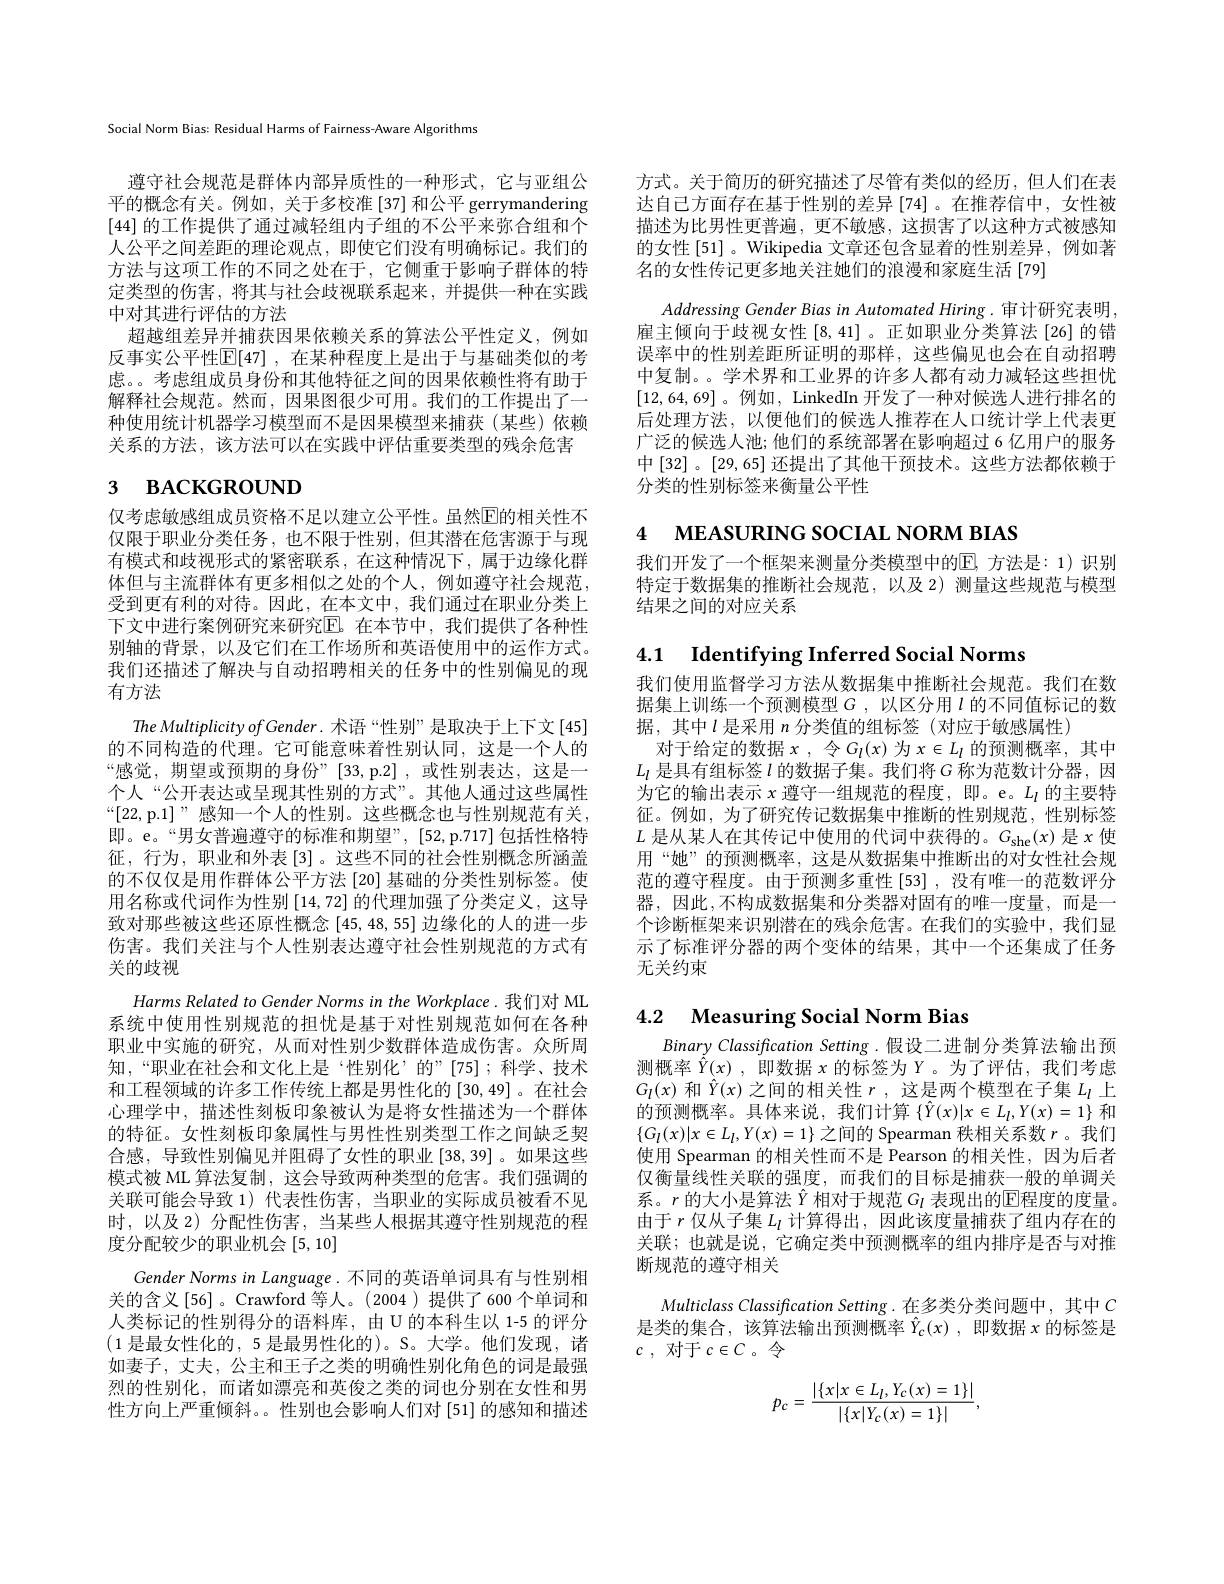
Social Norm Bias: Residual Harms of Fairness-Aware Algorithms

遵守社会规范是群体内部异质性的一种形式，它与亚组公平的概念有关。例如，关于多校准[37] 和公平 gerrymandering [44]的工作提供了通过减轻组内子组的不公平来弥合组和个人公平之间差距的理论观点，即使它们没有明确标记。我们的方法与这项工作的不同之处在于，它侧重于影响子群体的特定类型的伤害，将其与社会歧视联系起来，并提供一种在实践中对其进行评估的方法
超越组差异并捕获因果依赖关系的算法公平性定义，例如反事实公平性$\overline{\mathbb{E}}[47]$ ,在某种程度上是出于与基础类似的考虑。考虑组成员身份和其他特征之间的因果依赖性将有助于解释社会规范。然而，因果图很少可用。我们的工作提出了一种使用统计机器学习模型而不是因果模型来捕获(某些)依赖关系的方法，该方法可以在实践中评估重要类型的残余危害

# $_{3}$ вАСКGROUND

仅考虑敏感组成员资格不足以建立公平性。虽然$\overline{\mathrm{E}}$的相关性不仅限于职业分类任务，也不限于性别，但其潜在危害源于与现有模式和歧视形式的紧密联系，在这种情况下，属于边缘化群体但与主流群体有更多相似之处的个人，例如遵守社会规范， 受到更有利的对待。因此，在本文中，我们通过在职业分类上下文中进行案例研究来研究$\mathbb{E}$。在本节中，我们提供了各种性别轴的背景，以及它们在工作场所和英语使用中的运作方式。我们还描述了解决与自动招聘相关的任务中的性别偏见的现有方法
The Multiplicity of Gender. 术语“性别”是取决于上下文[45] 的不同构造的代理。它可能意味着性别认同，这是一个人的“感觉，期望或预期的身份”[33,p.2] ,或性别表达，这是一个人“公开表达或呈现其性别的方式”。其他人通过这些属性“[22,p.1]”感知一个人的性别。这些概念也与性别规范有关， 即。e。“男女普遍遵守的标准和期望”,[52,p.717]包括性格特征，行为，职业和外表[3]。这些不同的社会性别概念所涵盖的不仅仅是用作群体公平方法[20] 基础的分类性别标签。使用名称或代词作为性别[14,72] 的代理加强了分类定义，这导致对那些被这些还原性概念[45,48,55]边缘化的人的进一步伤害。我们关注与个人性别表达遵守社会性别规范的方式有关的歧视
Harms Related to Gender Norms in the Workplace. 我们对 ML 系统中使用性别规范的担忧是基于对性别规范如何在各种职业中实施的研究，从而对性别少数群体造成伤害。众所周知，“职业在社会和文化上是“性别化”的”[75];科学、技术和工程领域的许多工作传统上都是男性化的[30,49] 。在社会心理学中，描述性刻板印象被认为是将女性描述为一个群体的特征。女性刻板印象属性与男性性别类型工作之间缺乏契合感，导致性别偏见并阻碍了女性的职业[38,39] 。如果这些模式被 ML 算法复制，这会导致两种类型的危害。我们强调的关联可能会导致 1) 代表性伤害，当职业的实际成员被看不见时，以及 2) 分配性伤害，当某些人根据其遵守性别规范的程度分配较少的职业机会[5,10]
Gender Norms in Language. 不同的英语单词具有与性别相关的含义[56]。Crawford 等人。(2004)提供了600 个单词和人类标记的性别得分的语料库，由U的本科生以 1-5 的评分(1是最女性化的，5 是最男性化的)。S。大学。他们发现，诸如妻子，丈夫，公主和王子之类的明确性别化角色的词是最强烈的性别化，而诸如漂亮和英俊之类的词也分别在女性和男性方向上严重倾斜。。性别也会影响人们对[51]的感知和描述

方式。关于简历的研究描述了尽管有类似的经历，但人们在表达自己方面存在基于性别的差异[74]。在推荐信中，女性被描述为比男性更普遍，更不敏感，这损害了以这种方式被感知的女性[51]。Wikipedia 文章还包含显着的性别差异，例如著名的女性传记更多地关注她们的浪漫和家庭生活[79]
Addressing Gender Bias in Automated Hiring. 审计研究表明， 雇主倾向于歧视女性[8,41]。正如职业分类算法[26]的错误率中的性别差距所证明的那样，这些偏见也会在自动招聘中复制。。学术界和工业界的许多人都有动力减轻这些担忧[12,64,69]。例如，LinkedIn 开发了一种对候选人进行排名的后处理方法，以便他们的候选人推荐在人口统计学上代表更广泛的候选人池；他们的系统部署在影响超过 6 亿用户的服务中[32]。[29,65] 还提出了其他干预技术。这些方法都依赖于分类的性别标签来衡量公平性

4 МЕАSURING SOCIAL NORM BIAS

我们开发了一个框架来测量分类模型中的$\boxed{\mathrm{E}}$,方法是：1)识别特定于数据集的推断社会规范，以及 2)测量这些规范与模型结果之间的对应关系

4.1 Identifying Inferred Social Norms

我们使用监督学习方法从数据集中推断社会规范。我们在数据集上训练一个预测模型$G$ , 以区分用$\iota$的不同值标记的数据，其中$l$是采用$n$分类值的组标签(对应于敏感属性)
对于给定的数据$x$,令$G_l(x)$为$x\in L_l$的预测概率，其中$L_l$是具有组标签$\iota$的数据子集。我们将$G$称为范数计分器，因为它的输出表示$x$遵守一组规范的程度，即。e。$L_l$的主要特征。例如，为了研究传记数据集中推断的性别规范，性别标签$L$是从某人在其传记中使用的代词中获得的。$G_\mathrm{she}(x)$是$x$使用“她”的预测概率，这是从数据集中推断出的对女性社会规范的遵守程度。由于预测多重性[53] ,没有唯一的范数评分器，因此，不构成数据集和分类器对固有的唯一度量，而是一个诊断框架来识别潜在的残余危害。在我们的实验中，我们显示了标准评分器的两个变体的结果，其中一个还集成了任务无关约束

# 4.2 Measuring Social Norm Bias

Binary Classification Setting .假设二进制分类算法输出预测概率$\hat{Y}(x)$ ,即数据$x$的标签为$Y$。为了评估，我们考虑$G_{l}(x)$和$\hat{Y}(x)$之间的相关性$r$,这是两个模型在子集$L_l$上的预测概率。具体来说，我们计算$\{\hat{Y}(x)|x\in L_l,Y(x)=1\}$和$\{G_l(x)|x\in L_l,Y(x)=1\}$之间的 Spearman 秩相关系数$r$。我们使用 Spearman 的相关性而不是 Pearson 的相关性，因为后者仅衡量线性关联的强度，而我们的目标是捕获一般的单调关系。$r$的大小是算法$\hat{Y}$相对于规范$G_l$表现出的$\mathbb{E}$程度的度量。由于$r$仅从子集$L_l$计算得出，因此该度量捕获了组内存在的关联；也就是说，它确定类中预测概率的组内排序是否与对推断规范的遵守相关

Multiclass Classification Setting .在多类分类问题中，其中$C$ 是类的集合，该算法输出预测概率$\hat{Y} _c( x)$ ,即数据$x$的标签是$c$ , 对于$c\in C$。令
$$p_c=\frac{|\{x|x\in L_l,Y_c(x)=1\}|}{|\{x|Y_c(x)=1\}|},$$